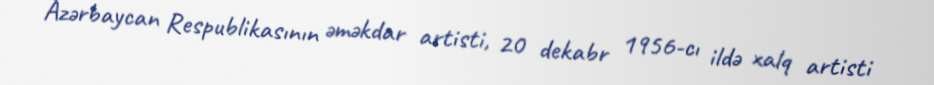
Azərbaycan Respublikasının əməkdar artisti, 20 dekabr 1956-cı ildə xalq artisti